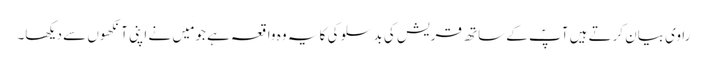
راوی بیان کرتے ہیں آپؐ کے ساتھ قریش کی بدسلوکی کا یہ وہ واقعہ ہے جو مَیں نے اپنی آنکھوں سے دیکھا۔